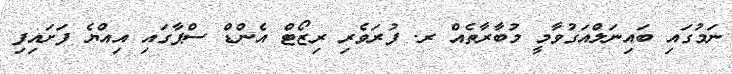
ނަމުގައި ބައިނަލްއަގުވާމީ މުބާރާތެއް ރ. ފުރަވެރި ރިޒޯޓް އެންޑް ސްޕާގައި އިއްޔެ ފަށައިފި